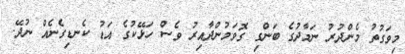
މިވަގުތު މެންދުރު ނަމާދުގެ ބަންގި ގޮވަމުންދާއިރު ވެސް ހަޅޭކުގެ އަޑު ކެނޑިގެނެއް ނުދޭ.